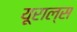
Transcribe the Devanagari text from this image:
यूराल्स